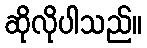
ဆိုလိုပါသည်။